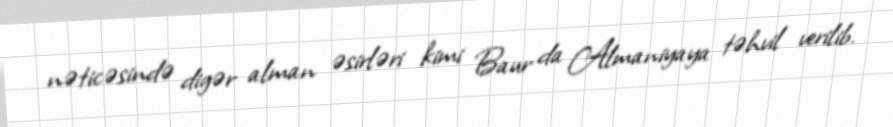
nəticəsində digər alman əsirləri kimi Baur da Almaniyaya təhvil verilib.